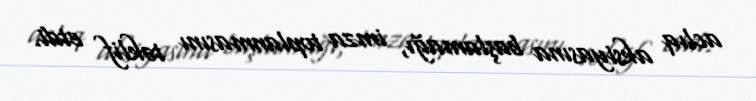
aclıq aksiyasına başlamağı, imza toplanmasını təklif etdi.